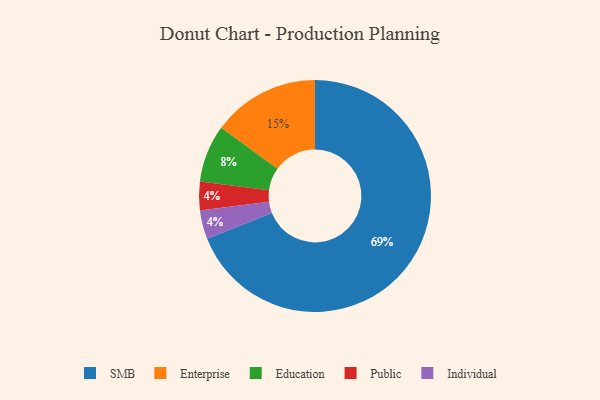
{"axis": {"x": "Category", "y": "Percentage"}, "legend": ["Education", "Enterprise", "Individual", "Public", "SMB"], "data": [{"x": "SMB", "y": 69, "type": "SMB"}, {"x": "Public", "y": 4, "type": "Public"}, {"x": "Enterprise", "y": 15, "type": "Enterprise"}, {"x": "Individual", "y": 4, "type": "Individual"}, {"x": "Education", "y": 8, "type": "Education"}]}